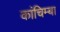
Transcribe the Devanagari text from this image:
कांचिम्बा